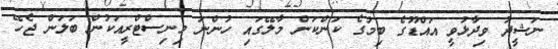
ނަޝީދު ވިދާޅުވީ އައްޑޫގެ ބިމުގެ ކަންކަން މާލޭގައި ހުންނަ މިނިސްޓްރީއަކުން ބަލަން ޖެހޭ